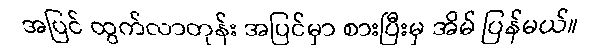
အပြင် ထွက်လာတုန်း အပြင်မှာ စားပြီးမှ အိမ် ပြန်မယ်။